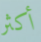
أكثر